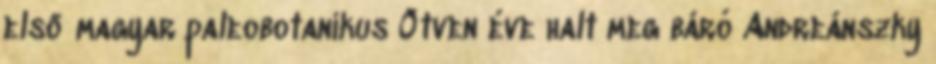
első magyar paleobotanikus Ötven éve halt meg báró Andreánszky